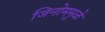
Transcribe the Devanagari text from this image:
जिनोममुळे